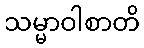
သမ္မာဝါစာတိ